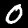
Digit: 0